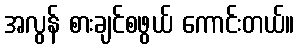
အလွန် စားချင်စဖွယ် ကောင်းတယ်။